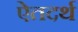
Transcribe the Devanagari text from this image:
ऐतदर्थ